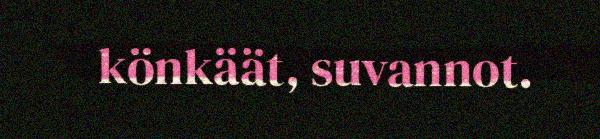
könkäät, suvannot.